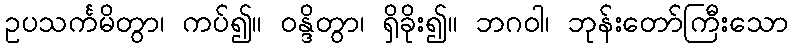
ဥပသင်္ကမိတွာ၊ ကပ်၍။ ဝန္ဒိတွာ၊ ရှိခိုး၍။ ဘဂဝါ၊ ဘုန်းတော်ကြီးသော